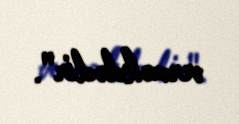
verməkdədir".